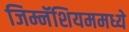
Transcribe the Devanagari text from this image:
जिम्नॅशियममध्ये